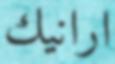
ارانيك